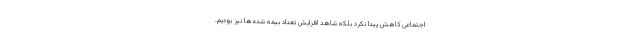
اجتماعی کاهش پیدا نکرد بلکه شاهد افزایش تعداد بیمه شده‌ها نیز بودیم.